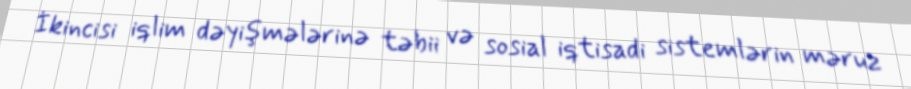
İkincisi iqlim dəyişmələrinə təbii və sosial iqtisadi sistemlərin məruz